Lunatic asylums Burma 1907-21 - 1907-1921
Year: 1907
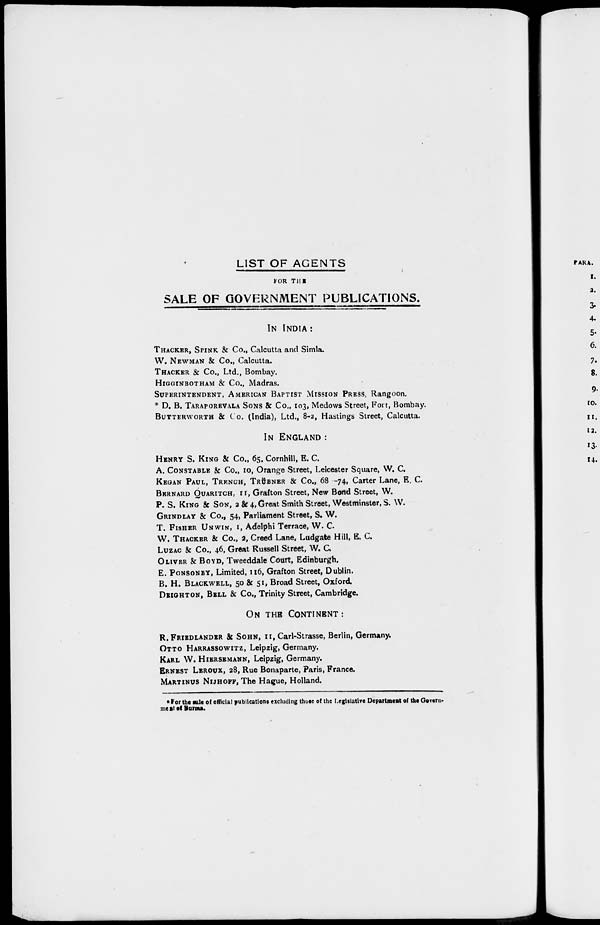
LIST OF AGENTS
FOR THE
SALE OF GOVERNMENT PUBLICATIONS.
IN INDIA :
THACKER, SPINK & Co., Calcutta and Simla.
W. NEWMAN & Co., Calcutta.
THACKER & Co., Ltd., Bombay.
HIGGINBOTHAM & Co., Madras.
SUPERINTENDENT, AMERICAN BAPTIST MISSION PRESS, Rangoon,
* D. B. TARAPOREVALA SONS & Co., 103, Medows Street, Fort, Bombay.
BUTTERWORTH & Co. (India), Ltd., 8-2, Hastings Street, Calcutta.
IN ENGLAND:
HENRY S. KING & Co., 65, Cornhill, E. C.
A. CONSTABLE & Co., 10, Orange Street, Leicester Square, W. C.
KEGAN PAUL, TRENCH, TRÜBNER & Co., 68 -74, Carter Lane, E. C.
BERNARD QUARITCH, II, Grafton Street, New Bond Street, W.
P. S. KING & SON, 2 & 4, Great Smith Street, Westminster, S. W.
GRINDLAY & Co., 54, Parliament Street, S. W.
T. FISHER UNWIN, 1, Adelphi Terrace, W. C.
W. THACKER & Co., 2, Creed Lane, Ludgate Hill, E. C.
LUZAC & Co., 46, Great Russell Street, W. C.
OLIVER & BOYD, Tweeddale Court, Edinburgh.
E. PONSONBY, Limited, 116, Grafton Street, Dublin.
B. H. BLACKWELL, 50 & 51, Broad Street, Oxford.
DEIGHTON, BELL & Co., Trinity Street, Cambridge.
ON THE CONTINENT:
R. FRIEDLANDER & SOHN, 11, Carl-Strasse, Berlin, Germany.
OTTO HARRASSOWITZ, Leipzig, Germany.
KARL W. HIERSEMANN, Leipzig, Germany.
ERNEST LEROUX, 28, Rue Bonaparte, Paris, France.
MARTINUS NIJHOFF, The Hague, Holland.
*For the sale of official publications excluding those of the Legislative Department of the Gorern-
ment of Burma.